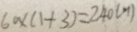
6 0 \times ( 1 + 3 ) = 2 4 0 ( m )